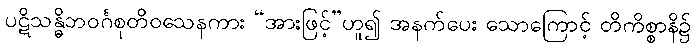
ပဋိသန္ဓိဘဝင်္ဂစုတိဝသေနကား “အားဖြင့်”ဟူ၍ အနက်ပေး သောကြောင့် တိကိစ္စာနိ၌